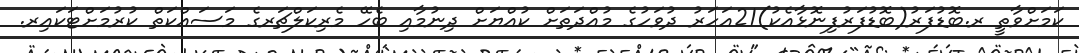
ކަމަށްވާތީ ރ.ބޮޑުފަރު(ބޮޑުފަރުފިނޮޅާއެކު)21އަހަރު ދުވަހުގެ މުއްދަތަށް ކުއްޔަށް ދިނުމާއި ބެހޭ މެރިކަލްޗަރގެ މަސައްކަތް ކުރުމަށްޓަކައިރ.